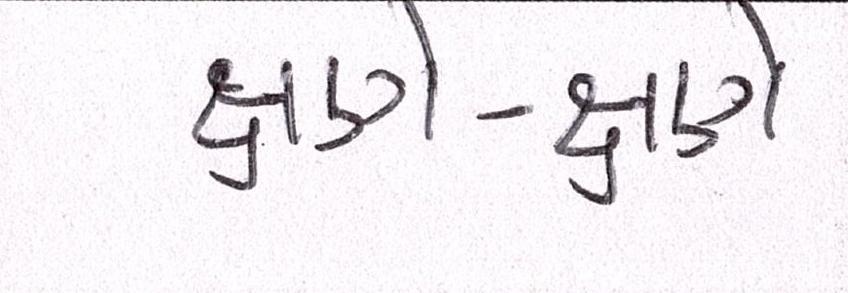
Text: ક્ષણે-ક્ષણે